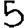
Digit: 5